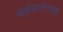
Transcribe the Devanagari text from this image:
अहंकारोन्मादी